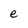
Character: e